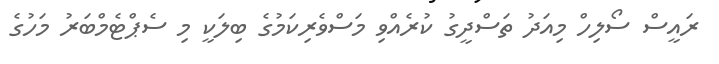
ރައީސް ސޯލިހް މިއަދު ތަސްދީގު ކުރެއްވި މަސްވެރިކަމުގެ ބިލަކީ މި ސެޕްޓެމްބަރު މަހުގެ